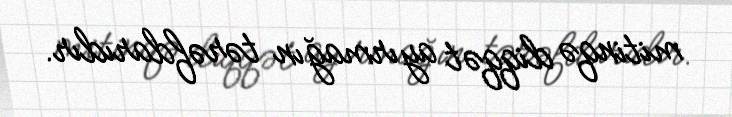
mitinqə diqqət ayırmağın tərəfdarıdır.